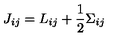
J _ { i j } = L _ { i j } + \frac { 1 } { 2 } \Sigma _ { i j }